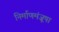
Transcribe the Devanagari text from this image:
निर्माणमंजूषा